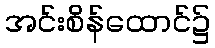
အင်းစိန်ထောင်၌